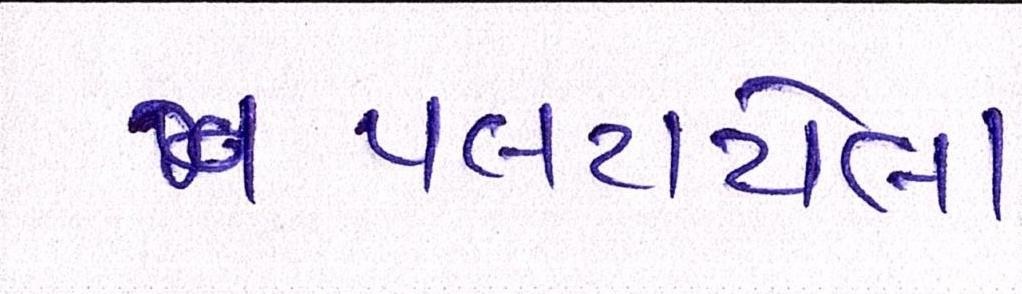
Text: પલટાયેલા